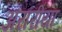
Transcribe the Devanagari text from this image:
अरारीया